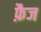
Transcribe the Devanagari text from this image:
फ़ैज